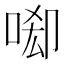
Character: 𠴷